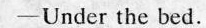
—Under the bed.